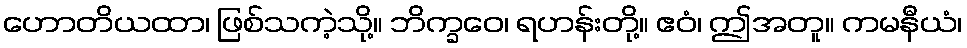
ဟောတိယထာ၊ ဖြစ်သကဲ့သို့။ ဘိက္ခဝေ၊ ရဟန်းတို့။ ဧဝံ၊ ဤအတူ။ ကမနီယံ၊